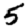
Digit: 5